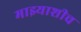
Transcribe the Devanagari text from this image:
माझ्याशीच